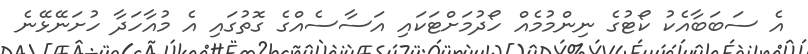
އެ ސަބަބާއެކު ކޯޓުގެ ނިންމުމެއް ހޯދުމަށްޓަކައި އަސާސެއްގެ ގޮތުގައި އެ މުއާހަދާ ހުށަނޭޅޭނެ